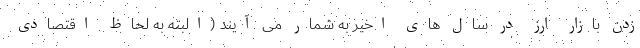
زدن بازار ارز در سال های اخیر به شمار می آیند (البته به لحاظ اقتصادی